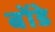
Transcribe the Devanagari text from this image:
बोंडे